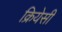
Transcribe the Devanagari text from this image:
क्रियेसी